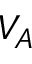
V _ { A }